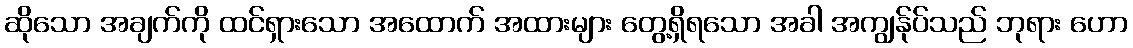
ဆိုသော အချက်ကို ထင်ရှားသော အထောက် အထားများ တွေ့ရှိရသော အခါ အကျွန်ုပ်သည် ဘုရား ဟော